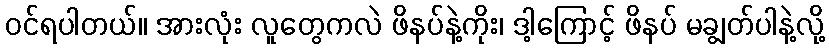
ဝင်ရပါတယ်။ အားလုံး လူတွေကလဲ ဖိနပ်နဲ့ကိုး၊ ဒါ့ကြောင့် ဖိနပ် မချွတ်ပါနဲ့လို့